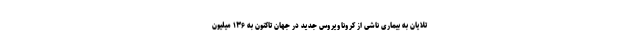
تلایان به بیماری ناشی از کروناویروس جدید در جهان تاکنون به ۱۳۶ میلیون